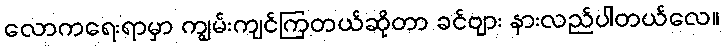
လောကရေးရာမှာ ကျွမ်းကျင်ကြတယ်ဆိုတာ ခင်ဗျား နားလည်ပါတယ်လေ။